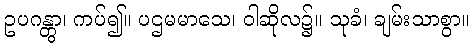
ဥပဂန္တွာ၊ ကပ်၍။ ပဌမမာသေ၊ ဝါဆိုလ၌။ သုခံ၊ ချမ်းသာစွာ။